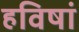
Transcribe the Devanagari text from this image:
हविषां